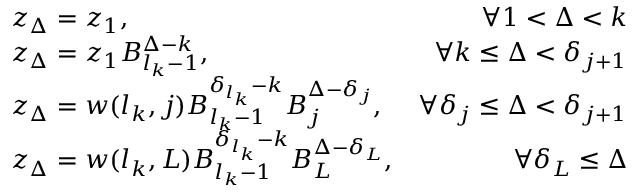
\begin{array} { r l r } & { z _ { \Delta } = z _ { 1 } , } & { \forall 1 < \Delta < k } \\ & { z _ { \Delta } = z _ { 1 } B _ { { l _ { k } } - 1 } ^ { \Delta - k } , } & { \forall k \leq \Delta < \delta _ { j + 1 } } \\ & { z _ { \Delta } = w ( { l _ { k } } , j ) B _ { { l _ { k } } - 1 } ^ { \delta _ { l _ { k } } - k } B _ { j } ^ { \Delta - \delta _ { j } } , } & { \forall \delta _ { j } \leq \Delta < \delta _ { j + 1 } } \\ & { z _ { \Delta } = w ( { l _ { k } } , L ) B _ { { l _ { k } } - 1 } ^ { \delta _ { l _ { k } } - k } B _ { L } ^ { \Delta - \delta _ { L } } , } & { \forall \delta _ { L } \leq \Delta } \end{array}